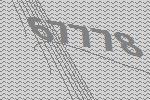
67778